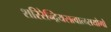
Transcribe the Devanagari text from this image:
शरिरेन्द्रियसत्वात्म्सयोगो